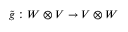
{ \tilde { g } } : W \otimes V \to V \otimes W